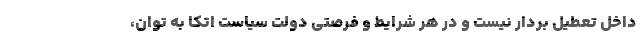
داخل تعطیل بردار نیست و در هر شرایط و فرصتی دولت سیاست اتکا به توان،